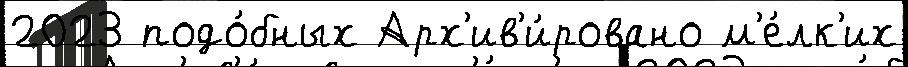
2023 подо́бных Арх'ив'и́ровано м'е́лк'их